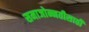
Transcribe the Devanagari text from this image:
समाजोन्नतीसाठी